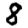
Digit: 8